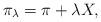
LaTeX: \begin{align*}\pi_{\lambda}=\pi+\lambda X,\end{align*}